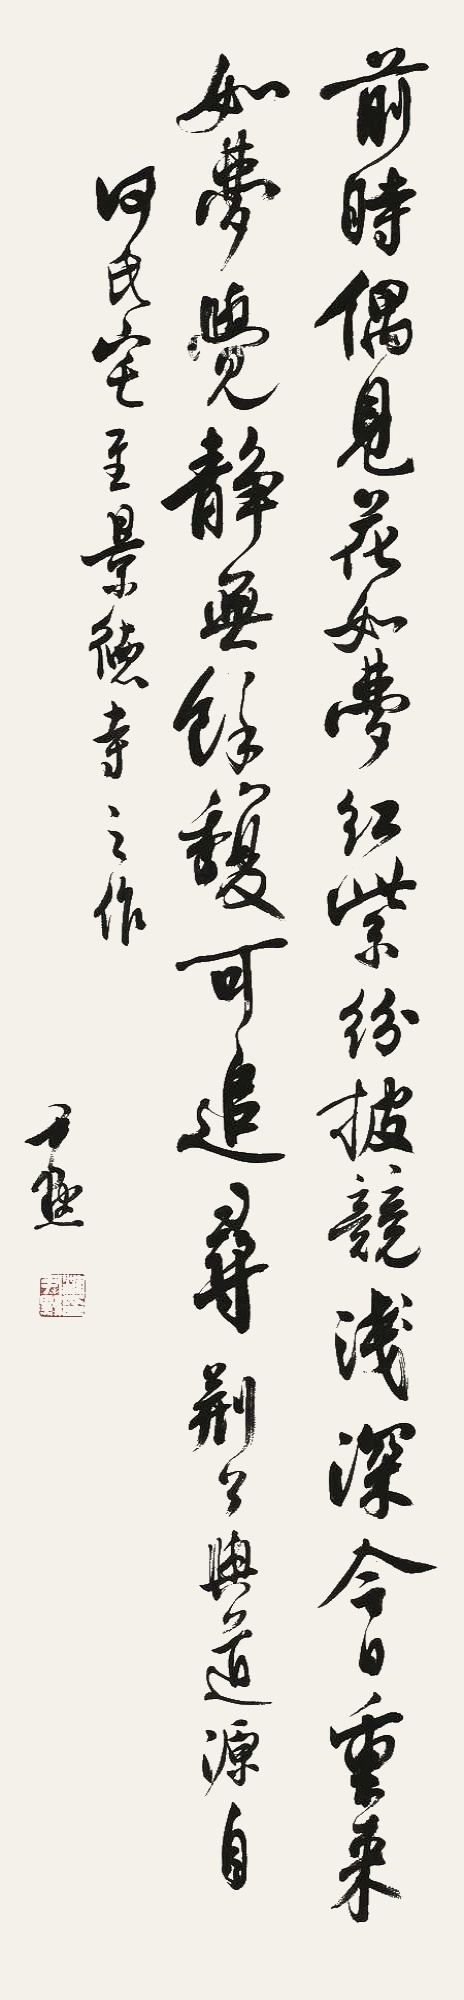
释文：前时偶见花如梦，红紫纷披竞浅深。今日重来如梦觉，静无余馥可追寻。荆公《与道源自何氏宅至景德寺》之作，尹默。